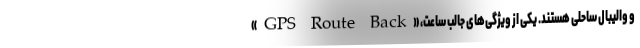
و والیبال ساحلی هستند. یکی از ویژگی‌های جالب ساعت، «GPS Route Back»